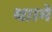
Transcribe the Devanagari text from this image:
था।मे